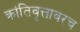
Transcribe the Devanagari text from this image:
क्रांतिवृत्तावरच